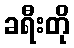
ခရီးတို